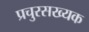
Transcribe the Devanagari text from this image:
प्रचुरसख्यक